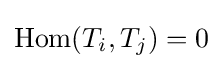
\operatorname {Hom} (T_{i},T_{j})=0